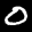
Label: 0